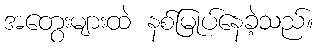
အတွေးများထဲ နစ်မြုပ်နေခဲ့သည်။